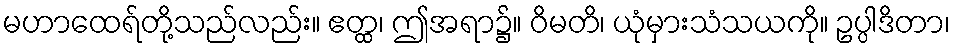
မဟာထေရ်တို့သည်လည်း။ ဧတ္ထ၊ ဤအရာ၌။ ဝိမတိ၊ ယုံမှားသံသယကို။ ဥပ္ပါဒိတာ၊